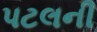
પટલની